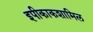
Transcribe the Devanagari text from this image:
इपीकाकशामिल